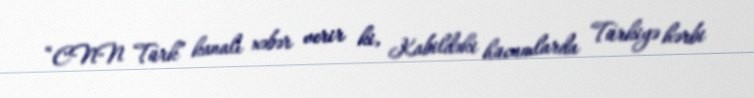
“CNN Türk” kanalı xəbər verir ki, Kabildəki hücumlarda Türkiyə hərbi